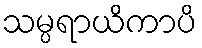
သမ္ပရာယိကာပိ